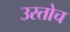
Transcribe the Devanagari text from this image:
उरतोच